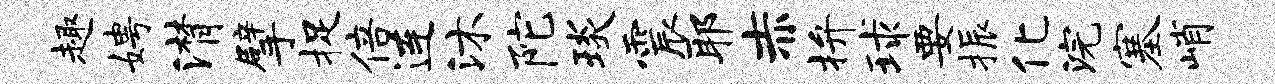
趣娉潸擘捉倍连沐陀琰震耶赤拚球要振化浣塞峭